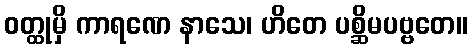
ဝတ္ထုမှိ ကာရဏေ နာသေ၊ ဟိတေ ပစ္ဆိမပဗ္ဗတေ။